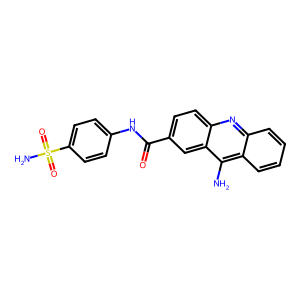
SMILES: Nc1c2ccccc2nc2ccc(C(=O)Nc3ccc(S(N)(=O)=O)cc3)cc12
Inhibits HIV replication: No